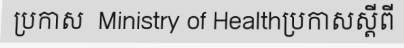
ប្រកាស  Ministry of Healthប្រកាសស្តីពី